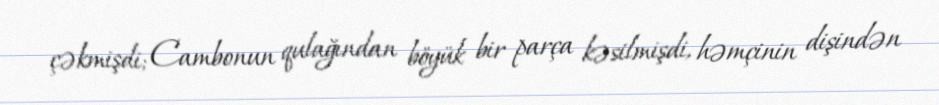
çəkmişdi; Cambonun qulağından böyük bir parça kəsilmişdi, həmçinin dişindən